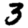
Digit: 3